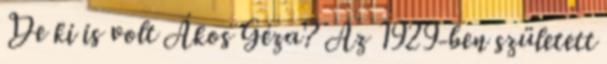
De ki is volt Ákos Géza? Az 1929-ben született